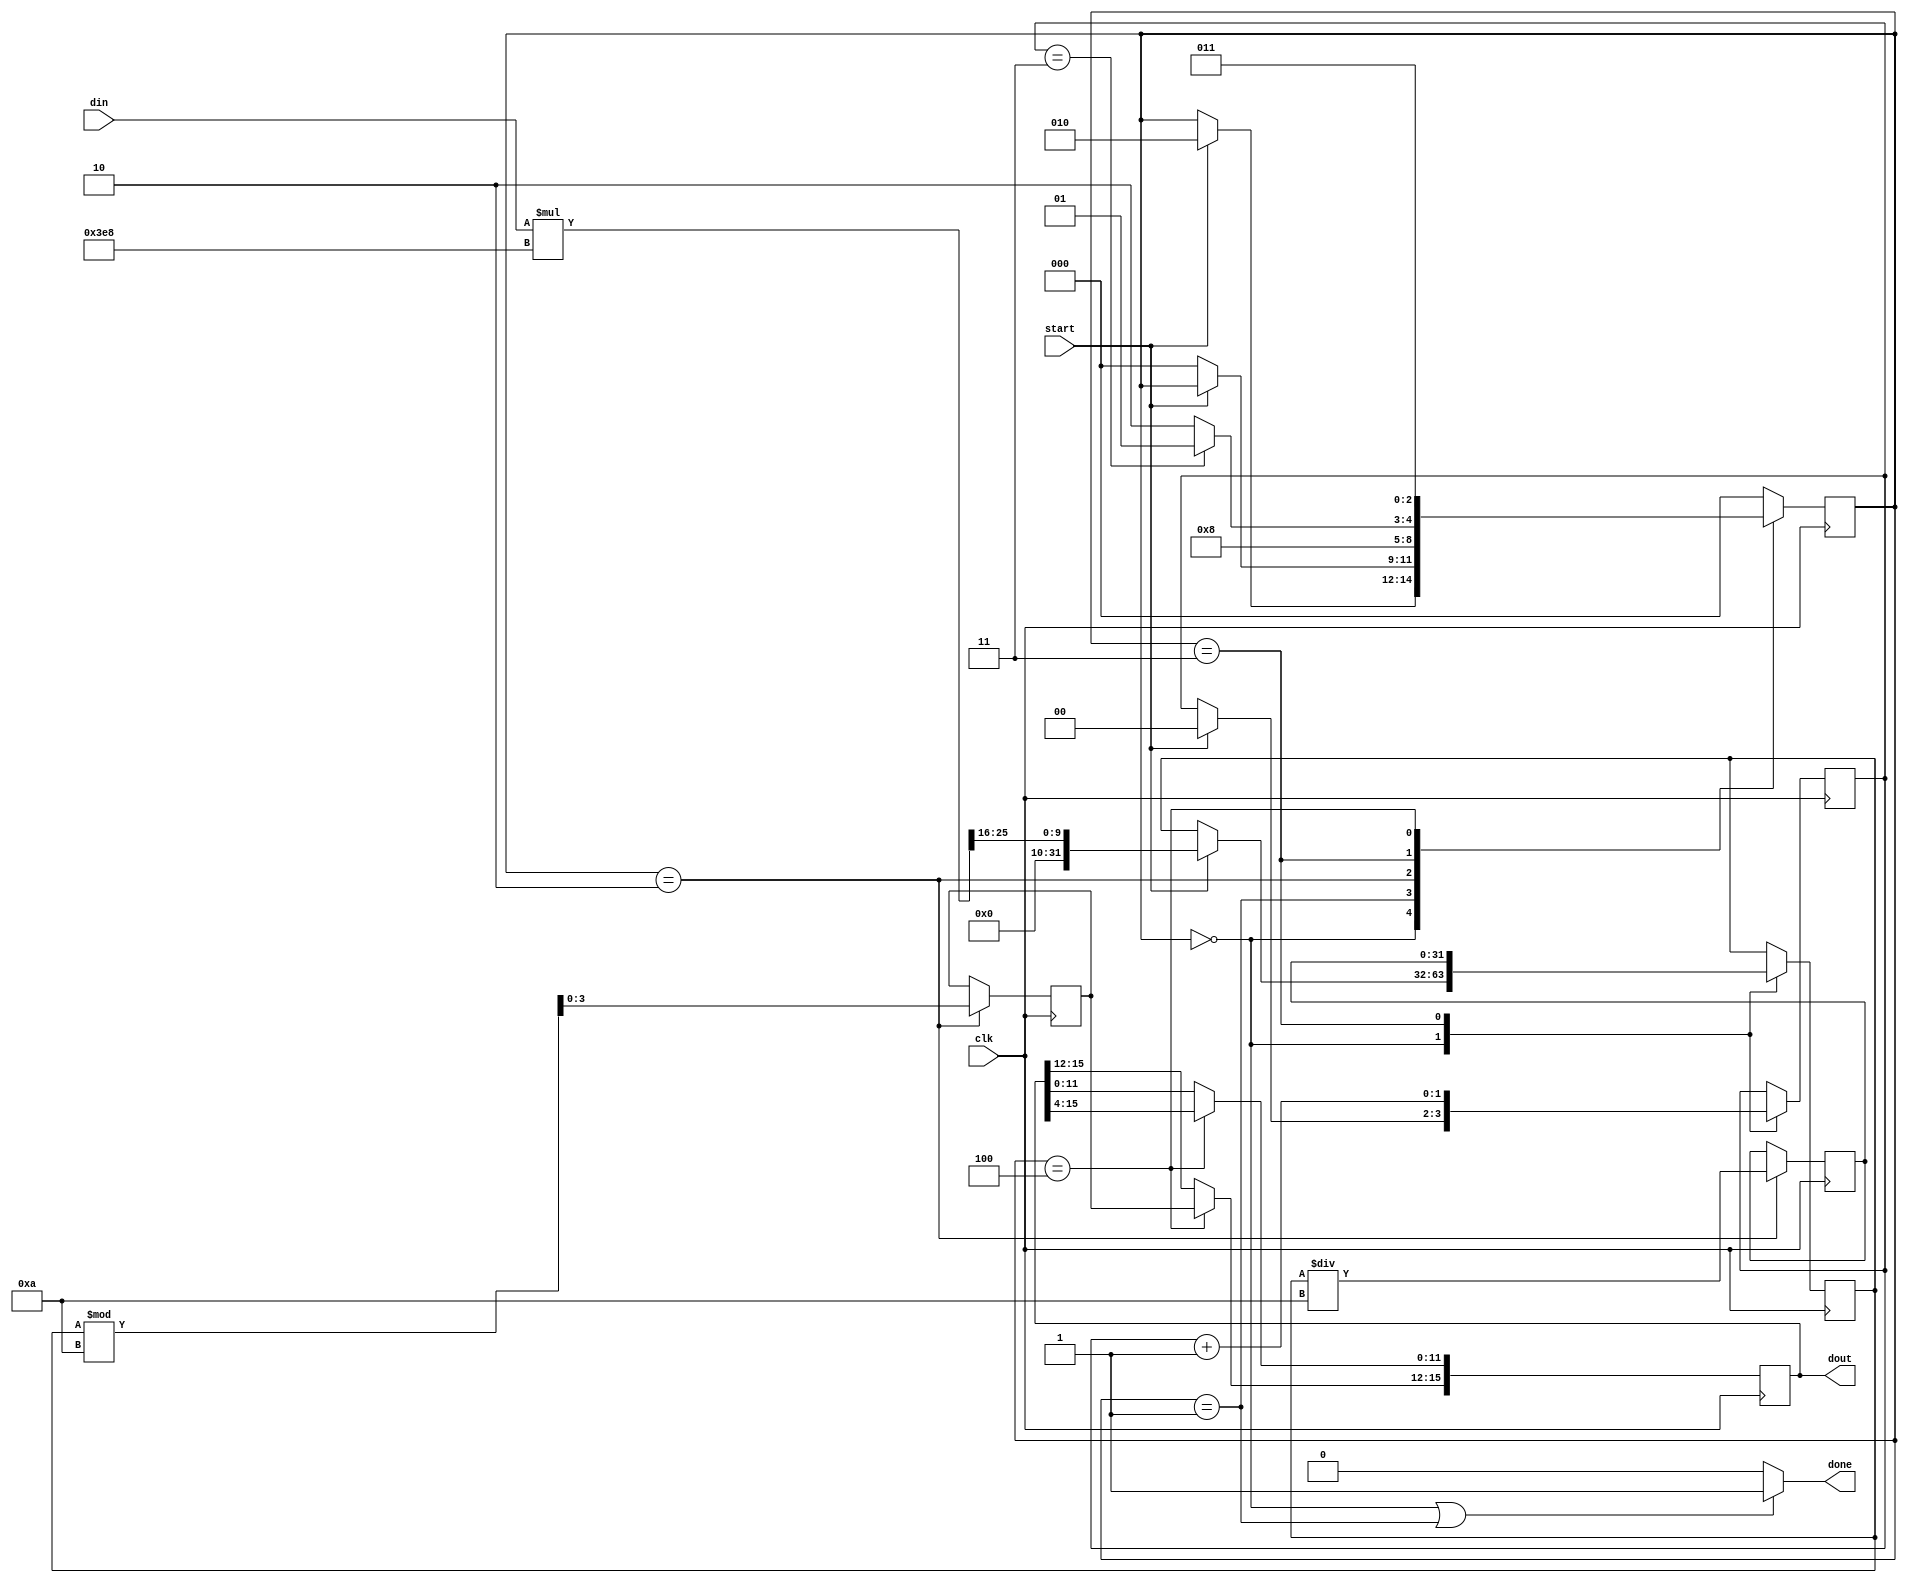

// Tool Versions: Vivado 2016.4
// Description: converts an input in the range (0x0000-0xFFFF) to a hex string in the range (16'h0000-16'h1000)
//              assert start & din, some amount of time later, done is asserted with valid dout
//
//  The purpose for doing this is to make the ADC data a string that we can display on the 7 segment display
//
// Dependencies: none
// 
// 03/23/2017(ArtVVB): Created
//
// **Code is free to use as long as you attribute our GitHub repository for others to find the same resources.**
// 
//////////////////////////////////////////////////////////////////////////////////

module bin2dec (
    input clk,
    input start,
    input [15:0] din,
    output done,
    output reg [15:0] dout
);
    //{0x0000-0xFFFF}->{"0000"-"1000"} 
    localparam  S_IDLE=0,
                S_DONE=1,
                S_DIVIDE=2,
                S_NEXT_DIGIT=3,
                S_CONVERT=4;
    reg [2:0] state=S_IDLE;
    reg [31:0] data;
    reg [31:0] div;
    reg [3:0] mod;
    reg [1:0] byte_count;
    
    assign done = (state == S_IDLE || state == S_DONE) ? 1 : 0;
    
    always@(posedge clk)
        case (state)
        S_IDLE: begin
            if (start == 1) begin
                state <= S_DIVIDE;
                data <= ({16'b0, din} * 1000) >> 16;
                byte_count <= 0;
            end
        end
        S_DONE: begin
            if (start == 0)
                state <= S_IDLE;
        end
        S_DIVIDE: begin
            div <= data / 10;
            mod <= data % 10;
            state <= S_CONVERT;
        end
        S_NEXT_DIGIT: begin
            if (byte_count == 3)
                state <= S_DONE;
            else
                state <= S_DIVIDE;
            data <= div;
            byte_count <= byte_count + 1;
        end
        S_CONVERT: begin
            dout[11:0] <= dout[15:4];
            dout[15:12] <= mod[3:0];
            state <= S_NEXT_DIGIT;
        end
        default: begin
            state <= S_IDLE;
        end
        endcase
    
endmodule